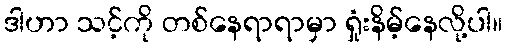
ဒါဟာ သင့်ကို တစ်နေရာရာမှာ ရှုံးနိမ့်နေလို့ပါ။